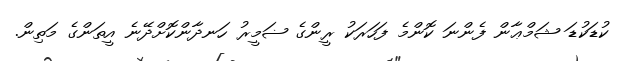
ކުޑަކުޑަ ޝަމްޢާން ފެންނަ ކޮންމެ ފަހަރަކު ރީންގެ ޟަމީރު ހަނދާންކޮށްދޭނެ އީތަންގެ މަތިން.